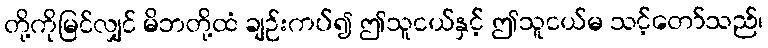
တို့ကိုမြင်လျှင် မိဘတို့ထံ ချဉ်းကပ်၍ ဤသူငယ်နှင့် ဤသူငယ်မ သင့်တော်သည်၊